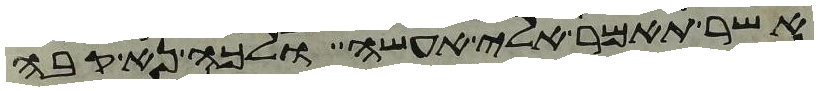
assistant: אשר תאמר אלי אעשה ולכה נא קבה